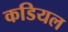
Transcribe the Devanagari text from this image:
कडियल